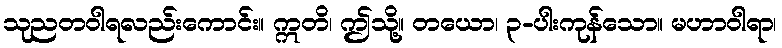
သုညတဝါရလည်းကောင်း။ ဣတိ၊ ဤသို့။ တယော၊ ၃-ပါးကုန်သော။ မဟာဝါရာ၊